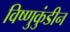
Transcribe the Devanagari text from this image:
विष्णुकुंडीन